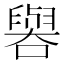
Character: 𫬁